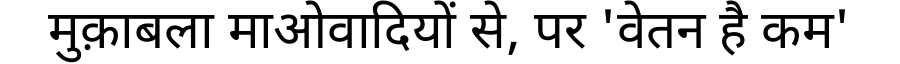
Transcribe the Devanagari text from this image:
मुक़ाबला माओवादियों से, पर 'वेतन है कम'